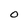
Character: O